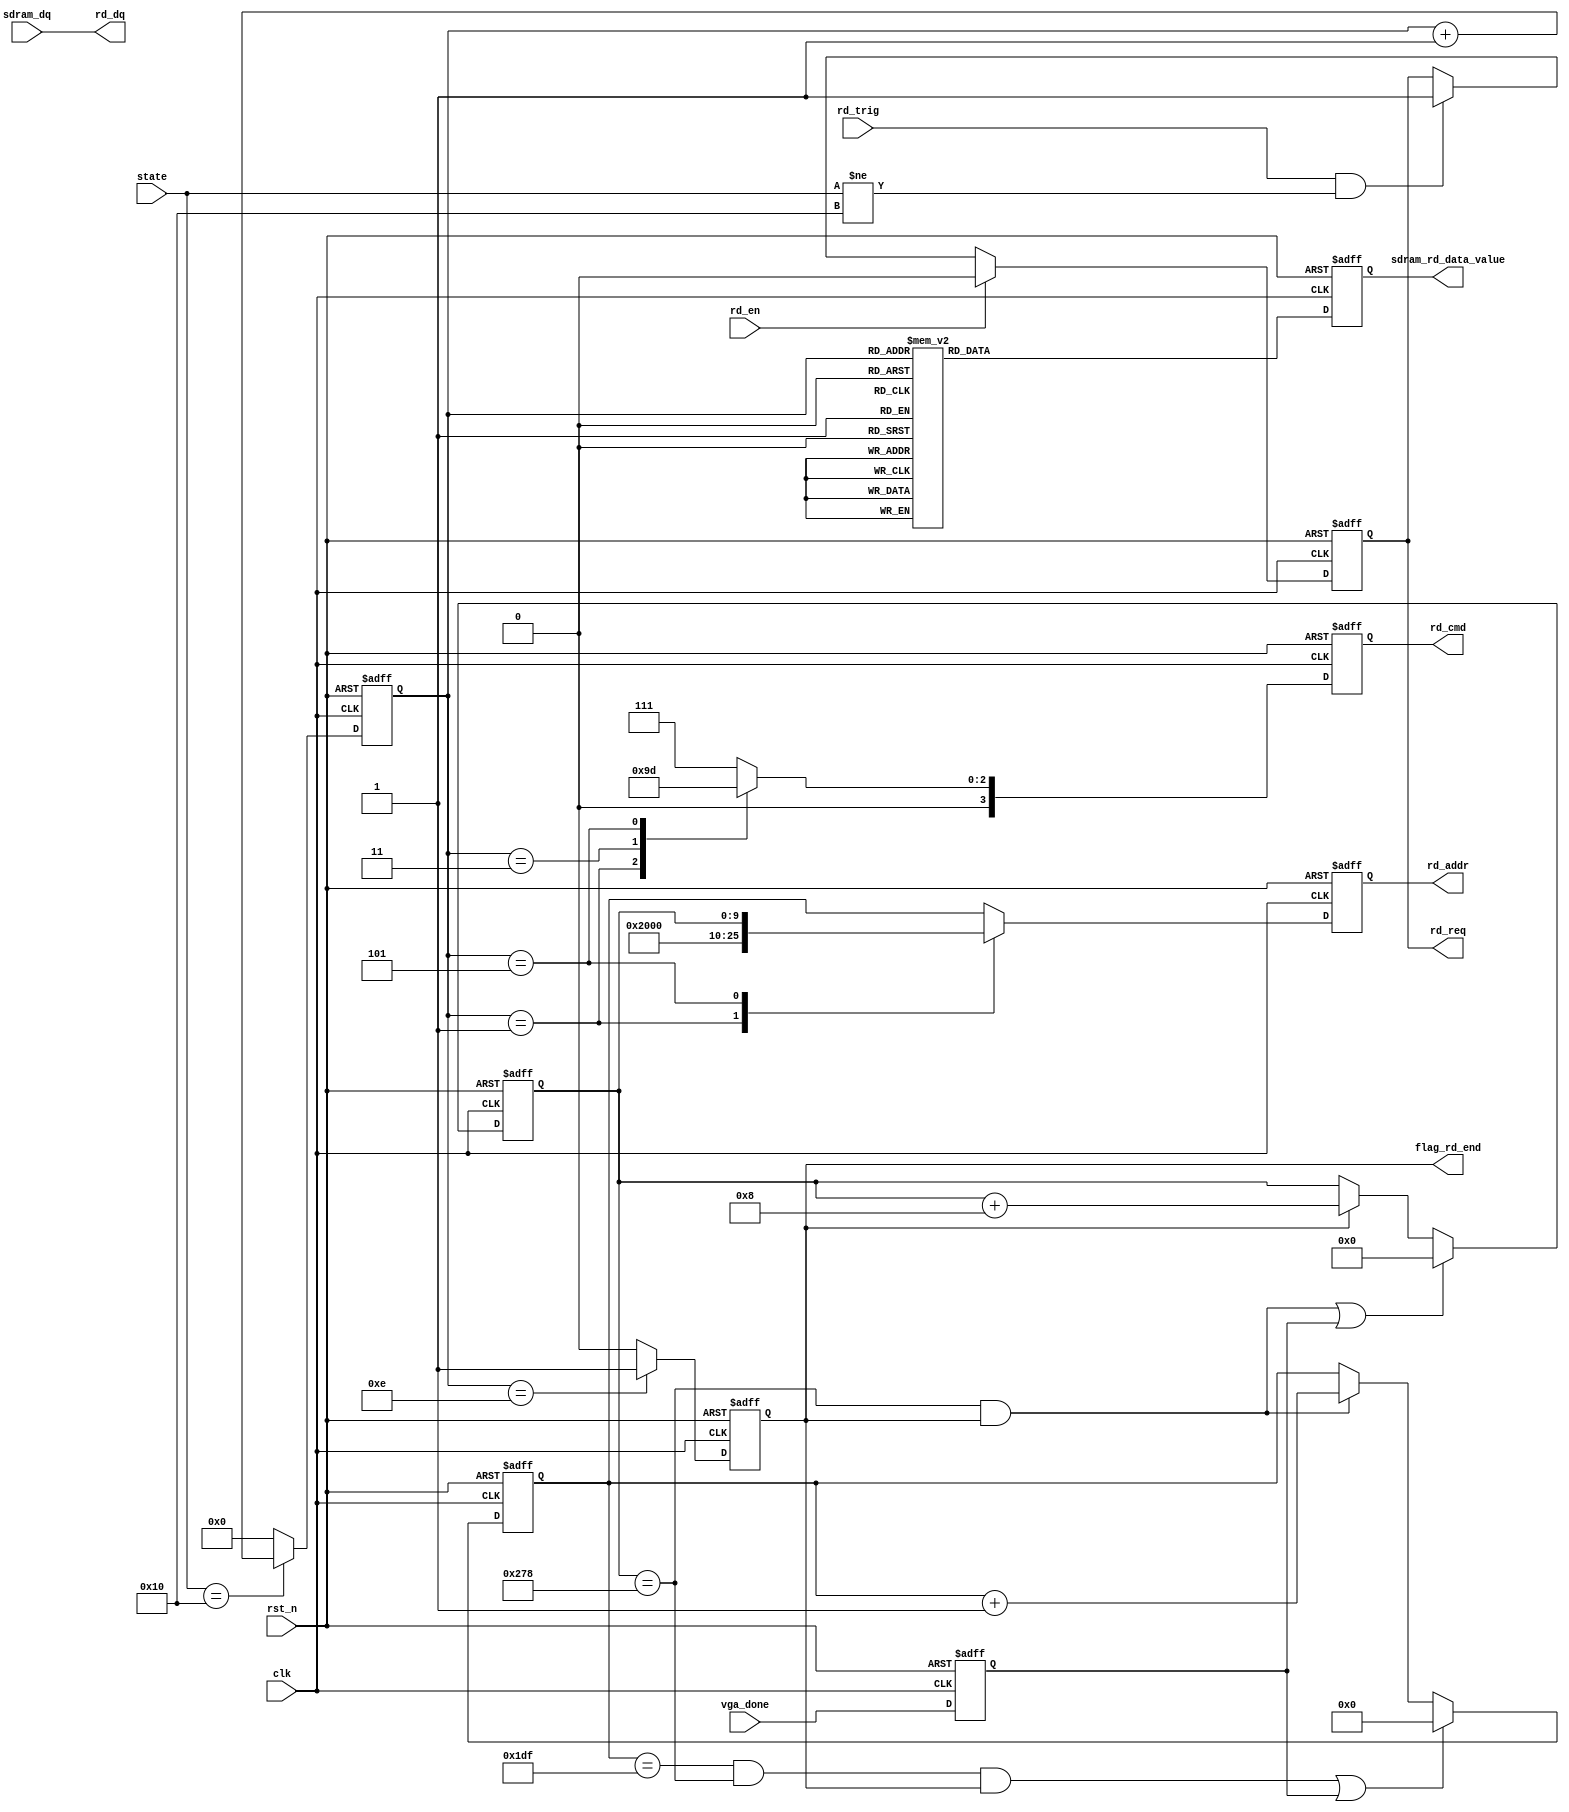
/*-----------------------------------------------------------------------

Date				:		2017-08-30
Description			:		Design for sdram_read .

-----------------------------------------------------------------------*/

module sdram_read
(
	//global clock
	input					clk				,			//system clock
	input					rst_n			,     		//sync reset
	
	//read interface
	output	reg				rd_req			,   		//
	input					rd_en			,
	
	//sdram	interface
	output	reg		[3:0]	rd_cmd			,
	output	reg		[12:0]	rd_addr			,
//	output			[1:0]	rd_bank,
	input			[15:0]	sdram_dq		,
	output			[15:0]	rd_dq			,
		
	//
	input			[4:0]	state			,
	output	reg				sdram_rd_data_value,
	input					vga_done		,
	input					rd_trig			,
	output	reg				flag_rd_end

	
); 


//--------------------------------
//Funtion :  
parameter			NOP		=		4'b0111				,
					PRE		=		4'b0010				,
					ACT		=		4'b0011				,
					RD		=		4'b0101				,
					
					CMD_END	=		4'd14				,
					COL_END	=		11'd632				,
					ROW_END	=		13'd479				,
					AREF	=		5'b0_0100			,
					READ	=		5'b1_0000			;

reg		[12:0]		row_addr				;
reg		[ 9:0]		col_addr				;
reg		[3:0]		cmd_cnt					;
reg					vga_done_r				;
//reg					flag_rd_end				;
//--------------------------------
//Funtion :    rd_req

always @(posedge clk or negedge rst_n)
begin
	if(!rst_n)
		rd_req <= 1'b0;
	else if(rd_en)
		rd_req <= 1'b0;
	else if(rd_trig && state != READ)
		rd_req <= 1'b1;
end

//--------------------------------
//Funtion : clear (one frame is over)

always @(posedge clk or negedge rst_n)
begin
	if(!rst_n)
		vga_done_r <= 1'd0;
	else 
		vga_done_r <= vga_done;
end

//--------------------------------
//Funtion :    cmd_cnt

always @(posedge clk or negedge rst_n)
begin
	if(!rst_n)
		cmd_cnt <= 1'd0;
	else if(state == READ)
		cmd_cnt <= cmd_cnt + 1'b1;
	else
		cmd_cnt <=	1'd0;
end

//--------------------------------
//Funtion :    flag_rd_end

always @(posedge clk or negedge rst_n)
begin
	if(!rst_n)
		flag_rd_end <= 1'd0;
	else if(cmd_cnt == CMD_END)
		flag_rd_end <= 1'd1;
	else
		flag_rd_end <= 1'd0;
end


//--------------------------------
//Funtion :    row_addr

always @(posedge clk or negedge rst_n)
begin
	if(!rst_n)
		row_addr <= 1'd0;
	else if((row_addr == ROW_END && col_addr == COL_END && flag_rd_end) || vga_done_r)
		row_addr <= 1'd0;
	else if(col_addr == COL_END && flag_rd_end)
		row_addr <= row_addr + 1'b1;
end

//--------------------------------
//Funtion :    col_addr

always @(posedge clk or negedge rst_n)
begin
	if(!rst_n)
		col_addr <= 1'd0;
	else if((col_addr == COL_END && flag_rd_end) || vga_done_r )
		col_addr <= 1'd0;
	else if(flag_rd_end)
		col_addr <= col_addr + 4'd8;
end


//--------------------------------
//Funtion :    rd_cmd

always @(posedge clk or negedge rst_n)
begin
	if(!rst_n)
		rd_cmd <= NOP;
	else case(cmd_cnt)
		
		4'd1 :

			rd_cmd <= PRE;

		4'd2 :
			rd_cmd <= NOP;				
		
		4'd3 :
			rd_cmd <= ACT;

		4'd4 :
			rd_cmd <= NOP;
			
		4'd5 :
			rd_cmd <= RD;
			
		default : 
			rd_cmd <= NOP;
	endcase
end

//--------------This Ok-------------------
always @(posedge clk or negedge rst_n)
begin
	if(!rst_n)
		sdram_rd_data_value <= 1'd0;
	else
	case(cmd_cnt)
		
		4'd7  : sdram_rd_data_value <= 1'd1;
		4'd8  : sdram_rd_data_value <= 1'd1;
		4'd9  : sdram_rd_data_value <= 1'd1;
		4'd10 : sdram_rd_data_value <= 1'd1;
		4'd11 : sdram_rd_data_value <= 1'd1;
		4'd12 : sdram_rd_data_value <= 1'd1;
		4'd13 : sdram_rd_data_value <= 1'd1;
		4'd14 : sdram_rd_data_value <= 1'd1;
		default : sdram_rd_data_value <= 1'd0;
		
	endcase
end

//-------------debug------------------------

/* always @(posedge clk or negedge rst_n)
begin
	if(!rst_n)
		rd_dq <= 1'd0;
	else
	case(cmd_cnt)
		
		4'd7  : rd_dq <= 16'hffff;
		4'd8  : rd_dq <= 16'hffff;
		4'd9  : rd_dq <= 16'hffff;
		4'd10 : rd_dq <= 16'hffff;
		4'd11 : rd_dq <= 16'h0ff0;
		4'd12 : rd_dq <= 16'h0ff0;
		4'd13 : rd_dq <= 16'h0ff0;
		4'd14 : rd_dq <= 16'h0ff0;
		default : rd_dq <= sdram_dq;
		
	endcase
end
 */





//--------------------------------
//Funtion :    rd_addr

always @(posedge clk or negedge rst_n)
begin
	if(!rst_n)
		rd_addr <= 1'd0;
	else case(cmd_cnt)
		
		3'd1 :
			rd_addr <= 13'b0_0100_0000_0000;
		
		3'd5 :
			rd_addr <= {3'd0 , col_addr};
		
		default : 
			rd_addr <= row_addr;
	endcase
end




assign		rd_dq = sdram_dq;



endmodule